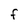
Character: F